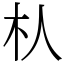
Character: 朲